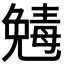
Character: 𠒾